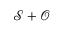
\mathcal { S } + \mathcal { O }